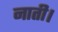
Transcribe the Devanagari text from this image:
नाती।